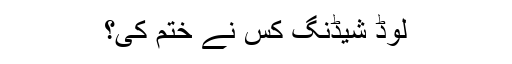
لوڈ شیڈنگ کس نے ختم کی؟